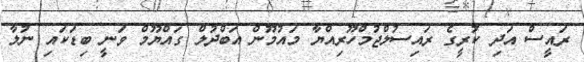
ރައީސް އަދި ކުރީގެ ރައިސުލްޖުމްހޫރިއްޔާ މައުމޫން އަބްދުލް ގައްޔޫމް ވަނީ ބިޑަކައި ނުލާ